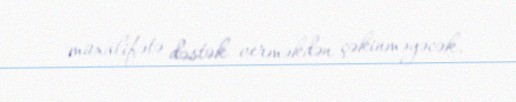
müxalifətə dəstək verməkdən çəkinməyəcək.